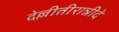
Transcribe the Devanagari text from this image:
देल्लीतीरान्नीदे